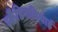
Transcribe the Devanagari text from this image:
स्कैंडिनावियाई